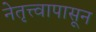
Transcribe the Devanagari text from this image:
नेतृत्त्वापासून